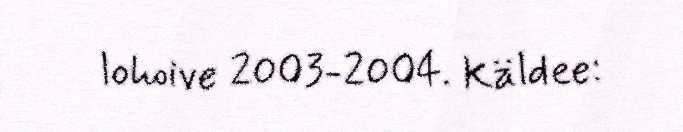
lohoive 2003-2004. Käldee: